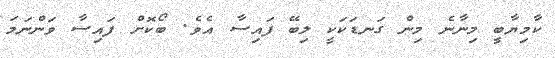
ކާމިޔާބީ މިނާނެ މިން ގަނޑަކަކީ ލިބޭ ފައިސާ އެވެ. ބޯކޮށް ފައިސާ ވަންނަމަ